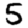
Digit: 5